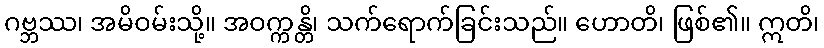
ဂဗ္ဘဿ၊ အမိဝမ်းသို့။ အဝက္ကန္တိ၊ သက်ရောက်ခြင်းသည်။ ဟောတိ၊ ဖြစ်၏။ ဣတိ၊